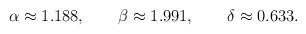
LaTeX: \begin{align*}\alpha\approx1.188, \qquad \beta\approx1.991, \qquad \delta\approx0.633.\end{align*}